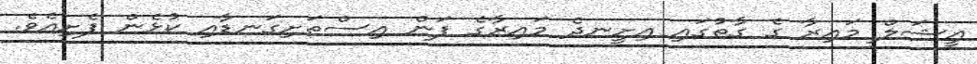
އީޝަލް މައިރާ ގެ ގާތުގައި އިށީނދެ މައިރާގެ ފަން އިސްތަށިގަނޑާއި ކުޅެން ފެށިއެވެ.